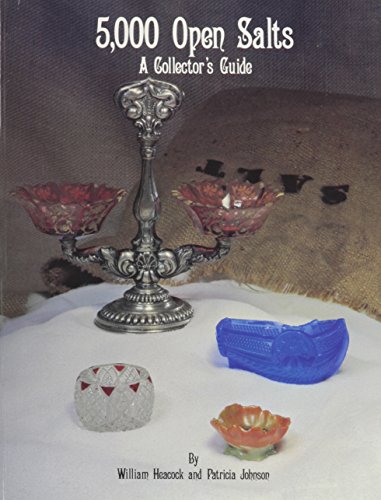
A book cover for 5000 Open Salts: A Collectors' Guide; William Heacock; Arts & Photography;